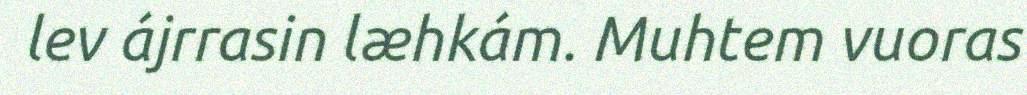
lev ájrrasin læhkám. Muhtem vuoras